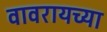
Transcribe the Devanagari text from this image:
वावरायच्या